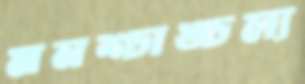
মনশ্চাঙ্চল্য